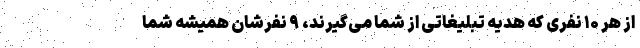
از هر ۱۰ نفری که هدیه تبلیغاتی از شما می‌گیرند، ۹ نفرشان همیشه شما